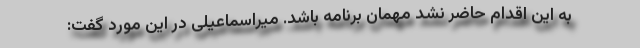
به این اقدام حاضر نشد مهمان برنامه باشد. میراسماعیلی در این مورد گفت: